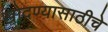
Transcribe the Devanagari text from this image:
खोदण्यासाठीचे